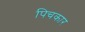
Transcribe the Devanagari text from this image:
पिचकार